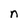
Character: n